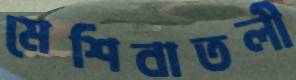
মেশিবাতলী